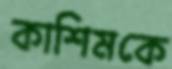
কাশিমকে